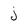
Character: j